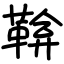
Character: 鞥